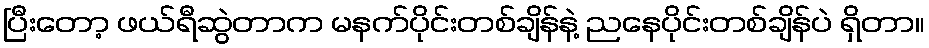
ပြီးတော့ ဖယ်ရီဆွဲတာက မနက်ပိုင်းတစ်ချိန်နဲ့ ညနေပိုင်းတစ်ချိန်ပဲ ရှိတာ။